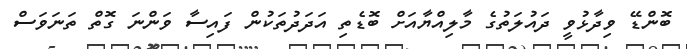
ބޮންޑޭ ވިދާޅުވީ ދައުލަތުގެ މާލިއްޔާއަށް ބޮޑެތި އަދަދުތަކުން ފައިސާ ވަންނަ ގޮތް ތަނަވަސް